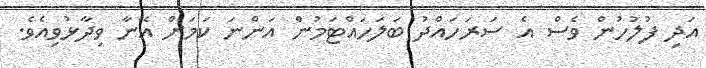
އަދި ފުލުހުން ވެސް އެ ސަރަހައްދު ބަލަހައްޓަމުން އަންނަ ކަމަށް އޭނާ ވިދާޅުވިއެވެ.